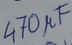
Text: 470µF